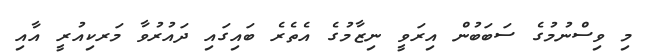
މި ވިސްނުމުގެ ސަބަބުން އިރަވީ ނިޒާމުގެ އެތެރެ ބައިގައި ދައުރުވާ މަރކިއުރީ އާއި